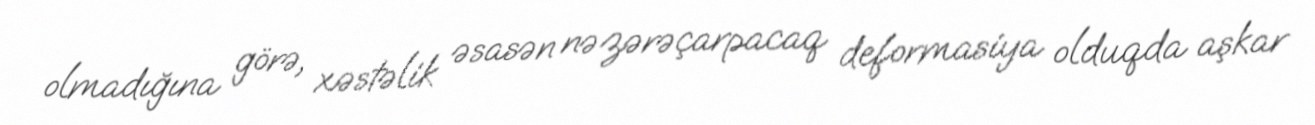
olmadığına görə, xəstəlik əsasən nəzərəçarpacaq deformasiya olduqda aşkar